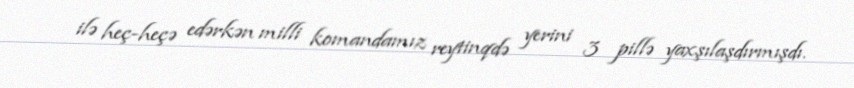
ilə heç-heçə edərkən milli komandamız reytinqdə yerini 3 pillə yaxşılaşdırmışdı.